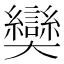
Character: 奱